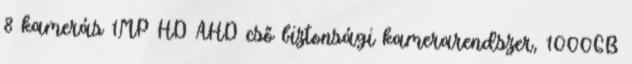
8 kamerás 1MP HD AHD cső biztonsági kamerarendszer, 1000GB